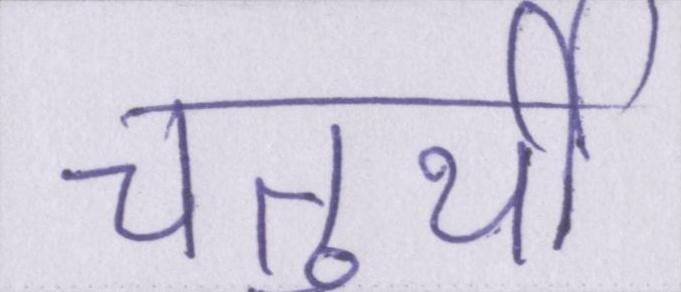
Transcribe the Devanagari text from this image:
चतुर्थी